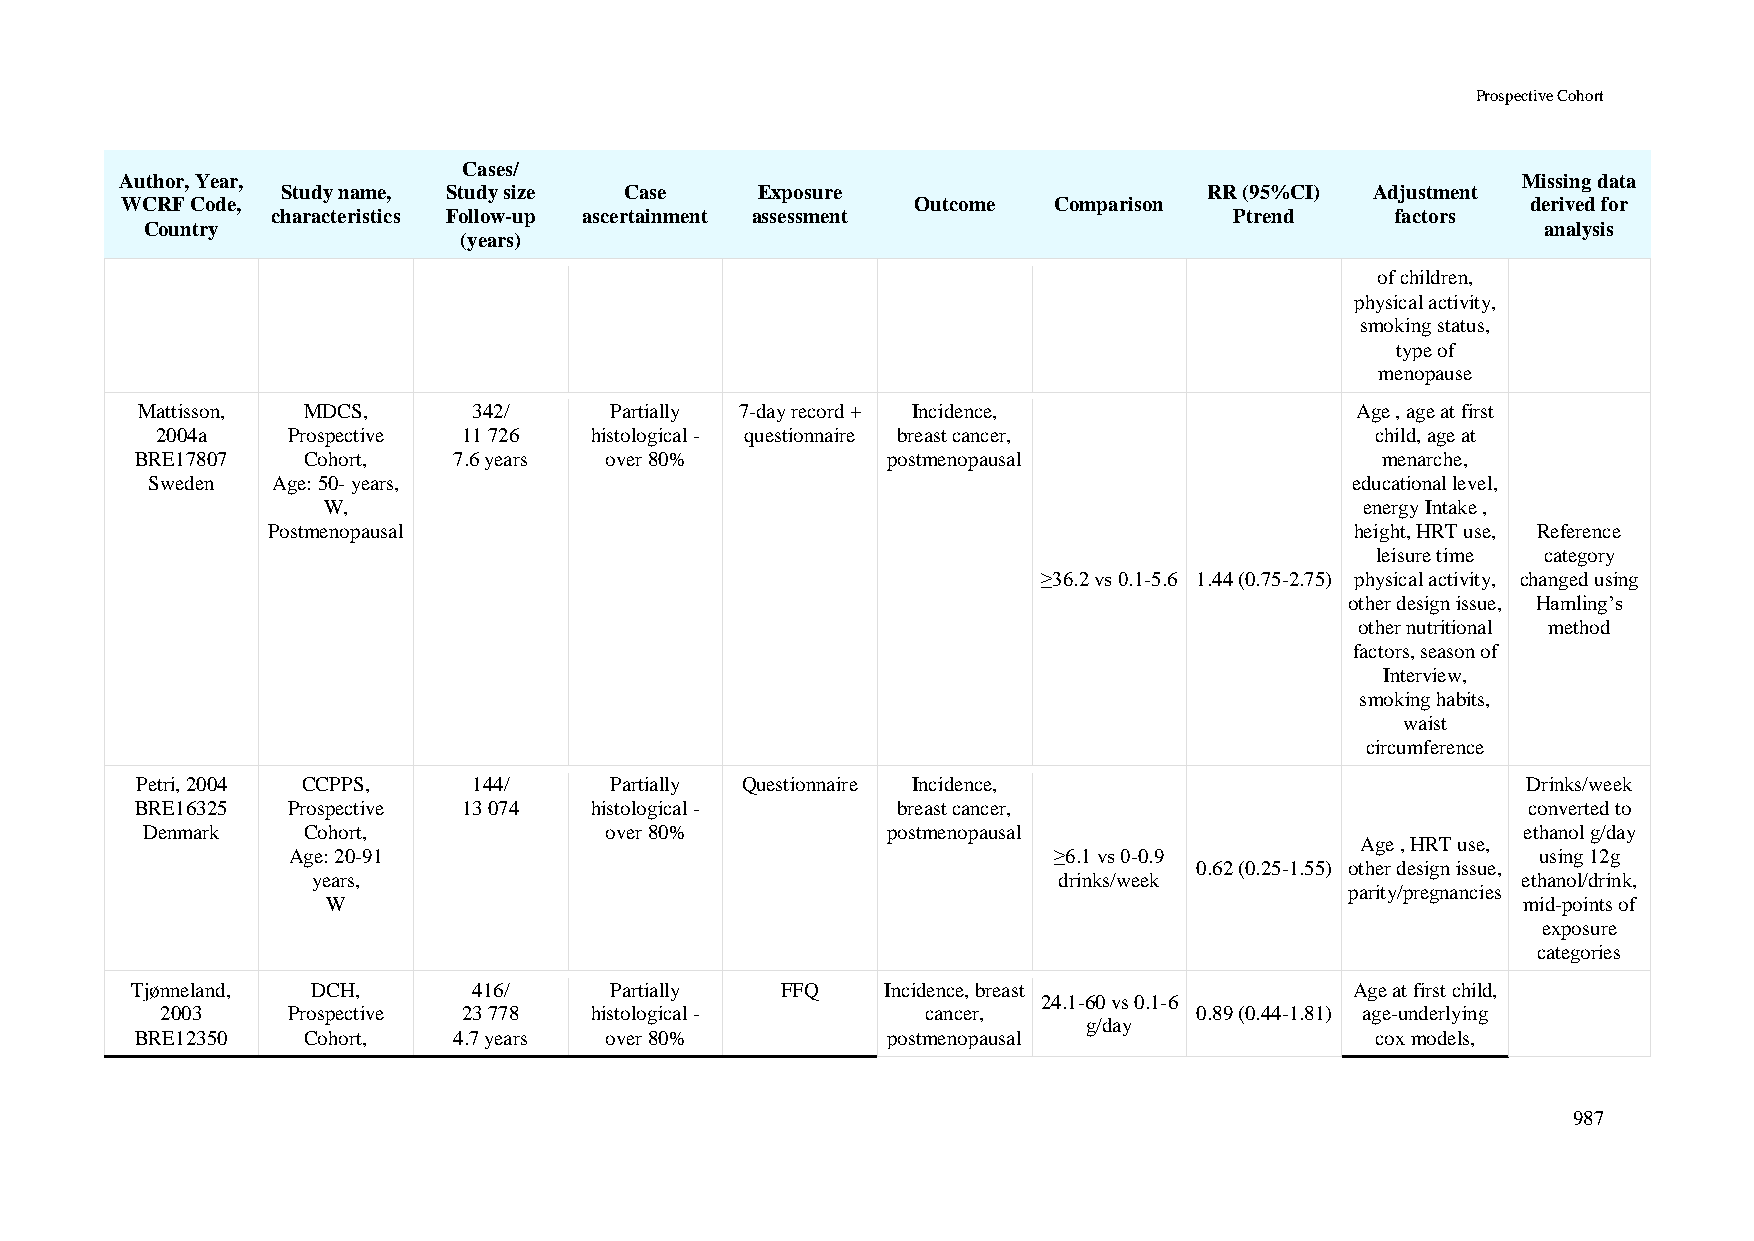
Prospective Cohort
 Cases/
 Author, Year,                                                                                Missing data
 Study name, Study size Case    Exposure                      RR (95%CI) Adjustment
 WCRF Code,                                           Outcome  Comparison                     derived for
 characteristics Follow-up ascertainment assessment              Ptrend    factors
 Country                                                                                     analysis
 (years)
 of children,
 physical activity,
 smoking status,
 type of
 menopause
 Mattisson, MDCS,      342/     Partially 7-day record + Incidence,               Age , age at first
 2004a    Prospective 11 726  histological - questionnaire breast cancer,         child, age at
 BRE17807   Cohort,   7.6 years over 80%           postmenopausal                  menarche,
 Sweden  Age: 50- years,                                                        educational level,
 W,                                                                   energy Intake ,
 Postmenopausal                                                          height, HRT use, Reference
 leisure time category
 ≥36.2 vs 0.1-5.6 1.44 (0.75-2.75) physical activity, changed using
 other design issue, Hamling’s
 other nutritional method
 factors, season of
 Interview,
 smoking habits,
 waist
 circumference
 Petri, 2004 CCPPS,    144/     Partially Questionnaire Incidence,                           Drinks/week
 BRE16325  Prospective 13 074  histological -      breast cancer,                            converted to
 Denmark    Cohort,             over 80%           postmenopausal                            ethanol g/day
 Age , HRT use,
 Age: 20-91                                         ≥6.1 vs 0-0.9                   using 12g
 0.62 (0.25-1.55) other design issue,
 years,                                           drinks/week                    ethanol/drink,
 parity/pregnancies
 W                                                                              mid-points of
 exposure
 categories
 Tjønneland, DCH,      416/     Partially   FFQ    Incidence, breast              Age at first child,
 24.1-60 vs 0.1-6
 2003    Prospective 23 778  histological -        cancer,           0.89 (0.44-1.81) age-underlying
 g/day
 BRE12350   Cohort,   4.7 years over 80%           postmenopausal                  cox models,
 987